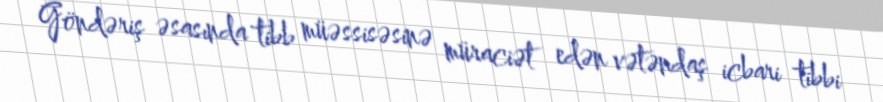
Göndəriş əsasında tibb müəssisəsinə müraciət edən vətəndaş icbari tibbi